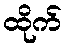
ထိုက်